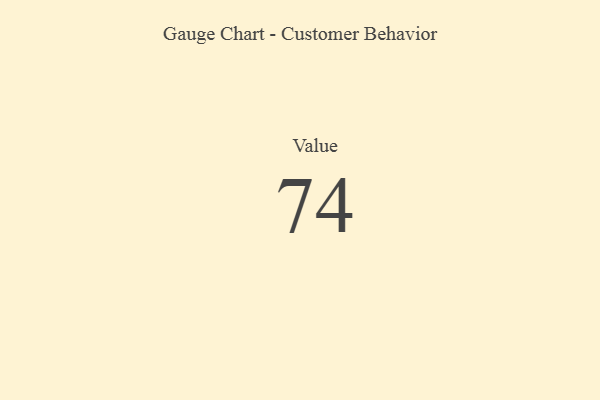
{"axis": {"x": "Metric", "y": "Value"}, "legend": [""], "data": [{"x": "Value", "y": 74, "type": ""}]}